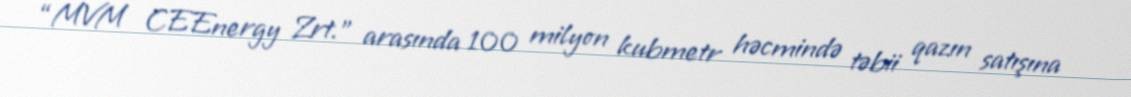
“MVM CEEnergy Zrt.” arasında 100 milyon kubmetr həcmində təbii qazın satışına